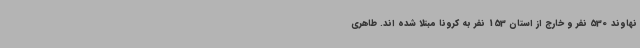
نهاوند 530 نفر و خارج از استان 153 نفر به کرونا مبتلا شده اند. طاهری